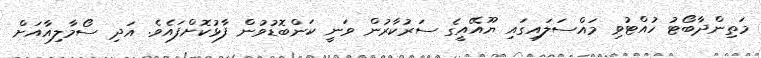
މަތިންދާބޯޓު ހުއްޓުވި މައްސަލައިގައި ޔޫއޭއީގެ ސަރުކާރުން ވަނީ ކަންބޮޑުވުން ފާޅުކޮށްފައެވެ. އަދި ސޯމާލިއާއަށް